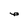
Character: e